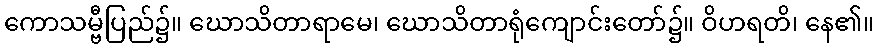
ကောသမ္ဗီပြည်၌။ ဃောသိတာရာမေ၊ ဃောသိတာရုံကျောင်းတော်၌။ ဝိဟရတိ၊ နေ၏။